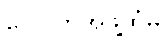
ဂေါပကအဖွဲ့ထံမှ